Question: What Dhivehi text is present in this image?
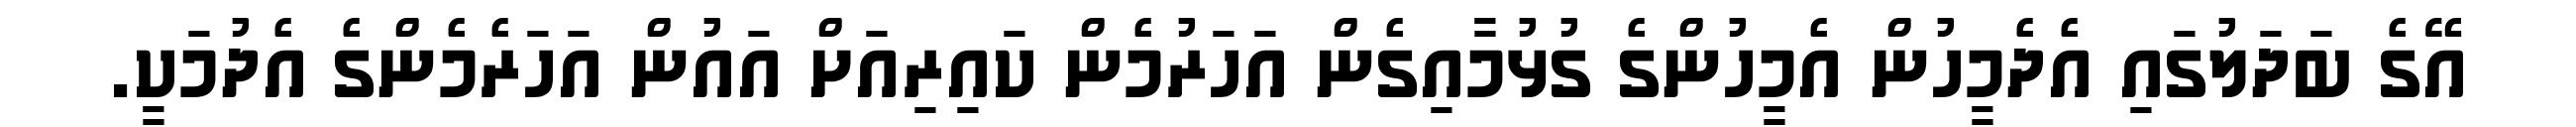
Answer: އޭގެ ބަދަލުގައި އެދެމީހުން އެމީހުންގެ ގުޅުމާއިގެން އަހަރުމެން ކައިރިއަށް އައުން އަހަރެމެންގެ އެދުމަކީ.